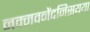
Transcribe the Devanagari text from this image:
नम्मवनेंदनिसयया